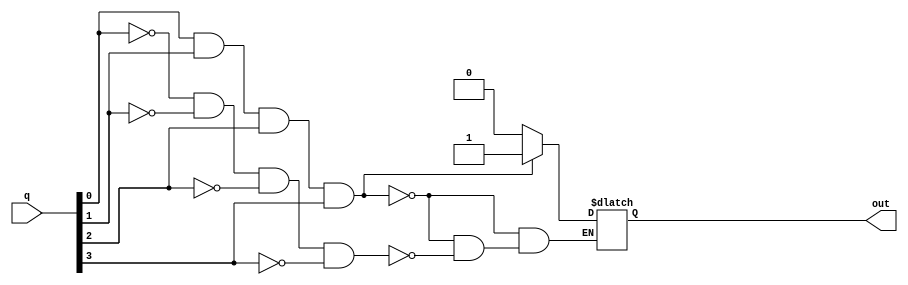
module decision(q,out);

input  [3:0] q;

output reg out;
  
  
           
 always@(q[3:0])
 
 if (q[0]&q[1]&q[2]&q[3])
         out=1'b1;
         
 else if ((~q[0])&(~q[1])&(~q[2])&(~q[3]))
         out=1'b0;
 else 
      out=out;
  
  
  
endmodule